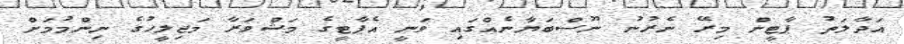
އަދާލަތު ޕާޓީން މިރޭ ނެރުނު ނޫސްބަޔާނެއްގައި ވަނީ އެޕާޓީގެ މަޝްވަރާ މަޖިލީހުގެ ނިންމުމަށް